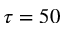
\tau = 5 0